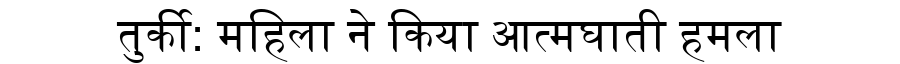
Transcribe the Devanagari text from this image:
तुर्की: महिला ने किया आत्मघाती हमला